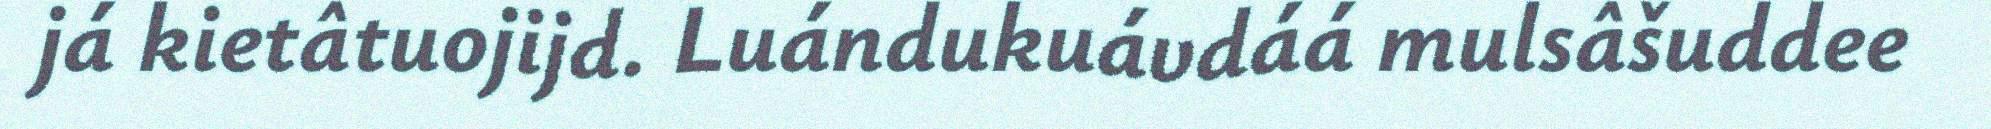
já kietâtuojijd. Luándukuávdáá mulsâšuddee